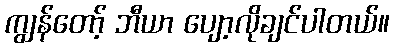
ကျွန်တော့် ဘီယာ ပျော့လိုချင်ပါတယ်။